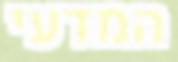
המדעי